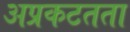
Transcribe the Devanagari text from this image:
अप्रकटतता